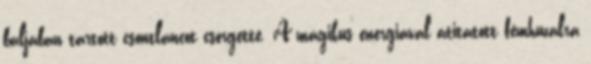
baljában tartott csontláncot csörgette. A mágikus energiával átitatott fémhuzalra